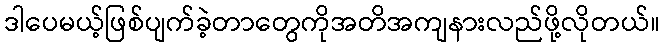
ဒါပေမယ့်ဖြစ်ပျက်ခဲ့တာတွေကိုအတိအကျနားလည်ဖို့လိုတယ်။